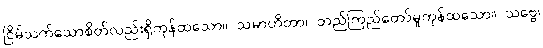
ငြိမ်သက်သောစိတ်လည်းရှိကုန်ထသော။ သမာဟိတာ၊ တည်ကြည်တော်မူကုန်ထသော။ သဗ္ဗေ၊